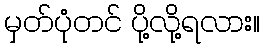
မှတ်ပုံတင် ပို့လို့ရလား။